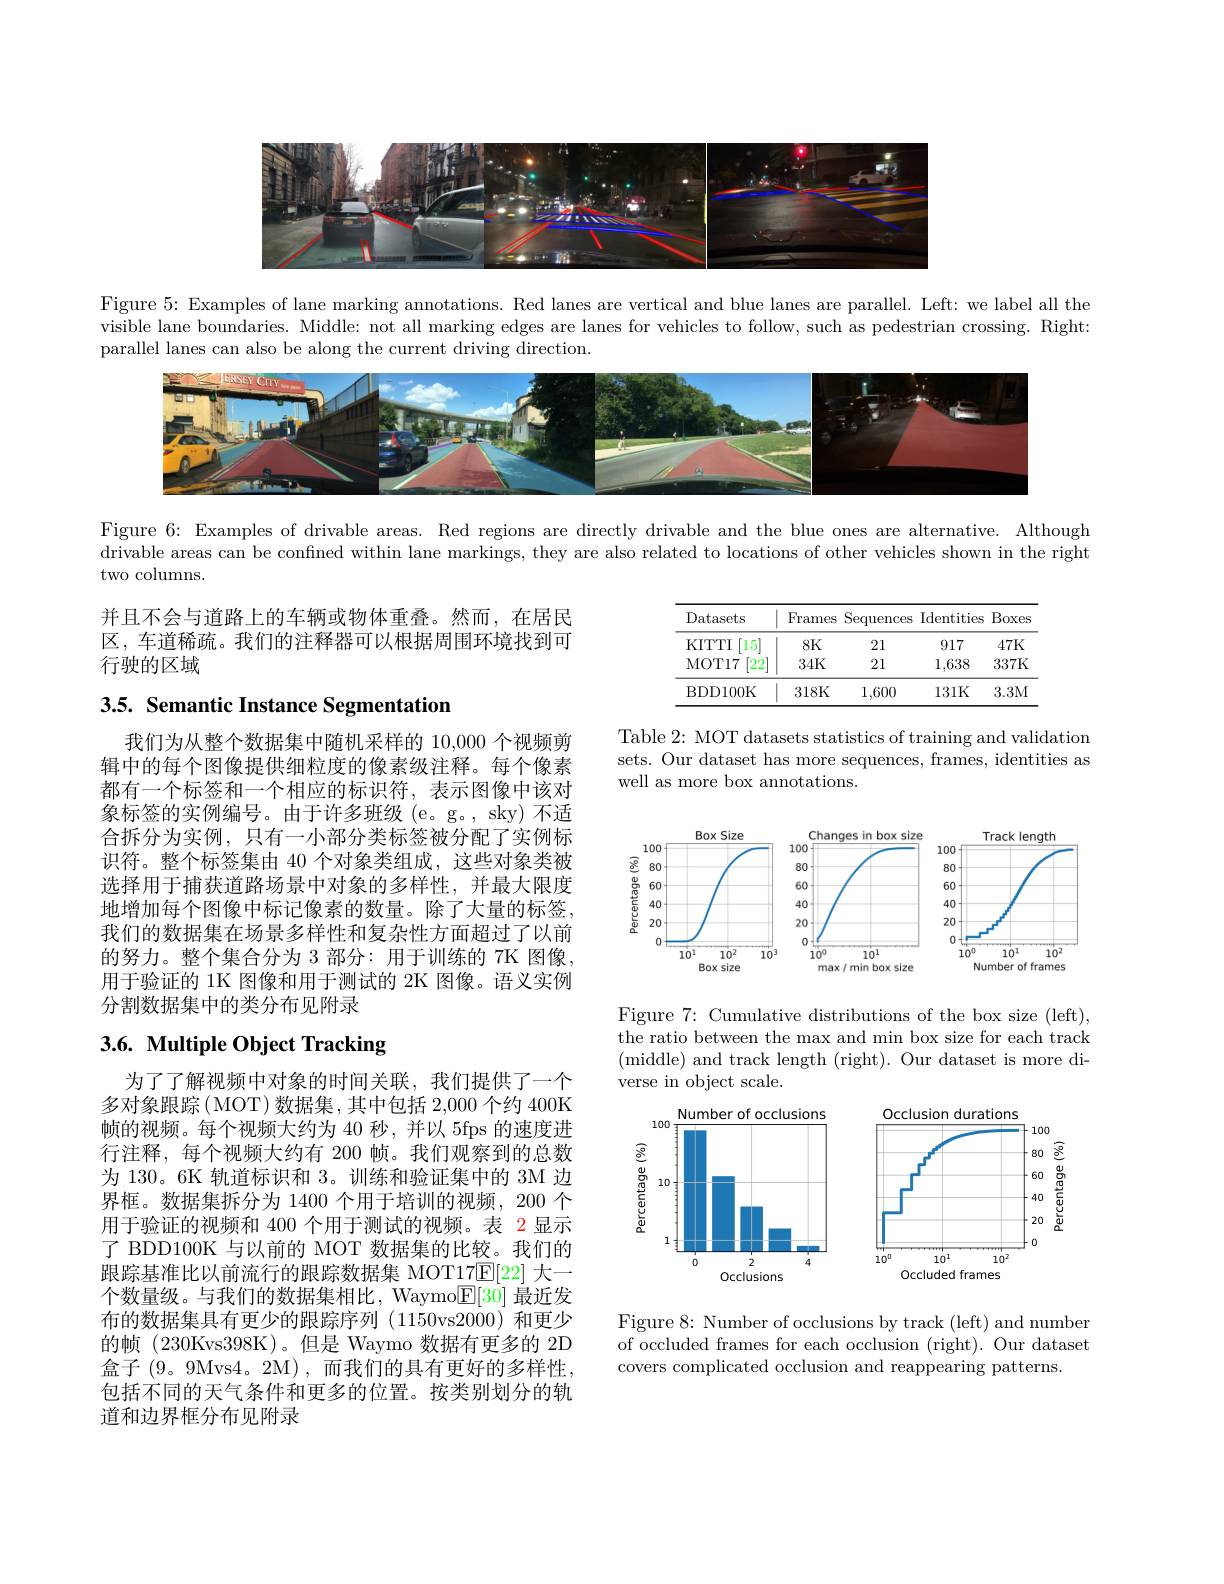
<FigureHere>

Figure $5{:\text{Examples of lane marking annotations. Red lanes are vertical and blue lanes are parallel. Left: we label all the}}$ visible lane boundaries. Middle: not all marking edges are lanes for vehicles to follow, such as pedestrian crossing. Right: parallel lanes can also be along the current driving direction.

<FigureHere>

Figure 6: Examples of drivable areas. Red regions are directly drivable and the blue ones are alternative. Although

drivable areas can be confined within lane markings, they are also related to locations of other vehicles shown in the right

two columns.

并且不会与道路上的车辆或物体重叠。然而，在居民区，车道稀疏。我们的注释器可以根据周围环境找到可行驶的区域

<table>
	<tbody>
		<tr>
			<th>Datasets</th>
			<th>Frames</th>
			<th>Sequences</th>
			<th>$\operatorname{Identities}$</th>
			<th>Boxes</th>
		</tr>
		<tr>
			<td>KITTI $15^{\circ}$</td>
			<td>$8K$</td>
			<td>21</td>
			<td>917</td>
			<td>$47K$</td>
		</tr>
		<tr>
			<td>[22] MOT17</td>
			<td>34K</td>
			<td>21</td>
			<td>1,638</td>
			<td>337K</td>
		</tr>
		<tr>
			<td>BDD100K</td>
			<td>318K</td>
			<td>1,600</td>
			<td>131K</td>
			<td>3.3M</td>
		</tr>
	</tbody>
</table>

3.5. Semantic Instance Segmentation

Table 2: MOT datasets statistics of training and validation sets. Our dataset has more sequences, frames, identities as well as more box annotations.

我们为从整个数据集中随机采样的 10,000 个视频剪辑中的每个图像提供细粒度的像素级注释。每个像素都有一个标签和一个相应的标识符，表示图像中该对象标签的实例编号。由于许多班级(e。g。,sky) 不适合拆分为实例，只有一小部分类标签被分配了实例标识符。整个标签集由 40 个对象类组成，这些对象类被选择用于捕获道路场景中对象的多样性，并最大限度地增加每个图像中标记像素的数量。除了大量的标签， 我们的数据集在场景多样性和复杂性方面超过了以前的努力。整个集合分为 3 部分：用于训练的 7K 图像， 用于验证的 1K 图像和用于测试的 2K 图像。语义实例分割数据集中的类分布见附录

<FigureHere>

# 3.6. Multiple Object Tracking

Figure 7: Cumulative distributions of the box size (left), the ratio between the max and min box size for each track (middle) and track length (right). Our dataset is more diverse in object scale.

<FigureHere>

为了了解视频中对象的时间关联，我们提供了一个多对象跟踪(MOT)数据集，其中包括 2,000个约 400K 帧的视频。每个视频大约为 40 秒，并以 5fps 的速度进行注释，每个视频大约有 200 帧。我们观察到的总数为 130。6K 轨道标识和 3。训练和验证集中的 3M 边界框。数据集拆分为 1400 个用于培训的视频，200 个用于验证的视频和 400 个用于测试的视频。表 2 显示了 BDD100K 与以前的 MOT 数据集的比较。我们的跟踪基准比以前流行的跟踪数据集 MOT17$\mathbb{E}[22]$大一个数量级。与我们的数据集相比，Waymo$\mathbb{E}[30]$最近发布的数据集具有更少的跟踪序列 (1150vs2000)和更少的帧(230Kvs398K)。但是 Waymo 数据有更多的 2D 盒子 (9。9Mvs4。2M),而我们的具有更好的多样性， 包括不同的天气条件和更多的位置。按类别划分的轨道和边界框分布见附录

Figure 8: Number of occlusions by track (left) and number of occluded frames for each occlusion (right). Our dataset covers complicated occlusion and reappearing patterns.